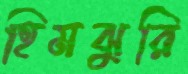
হিমঝুরি